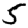
Digit: 5